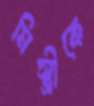
মিস্ত্রীকে